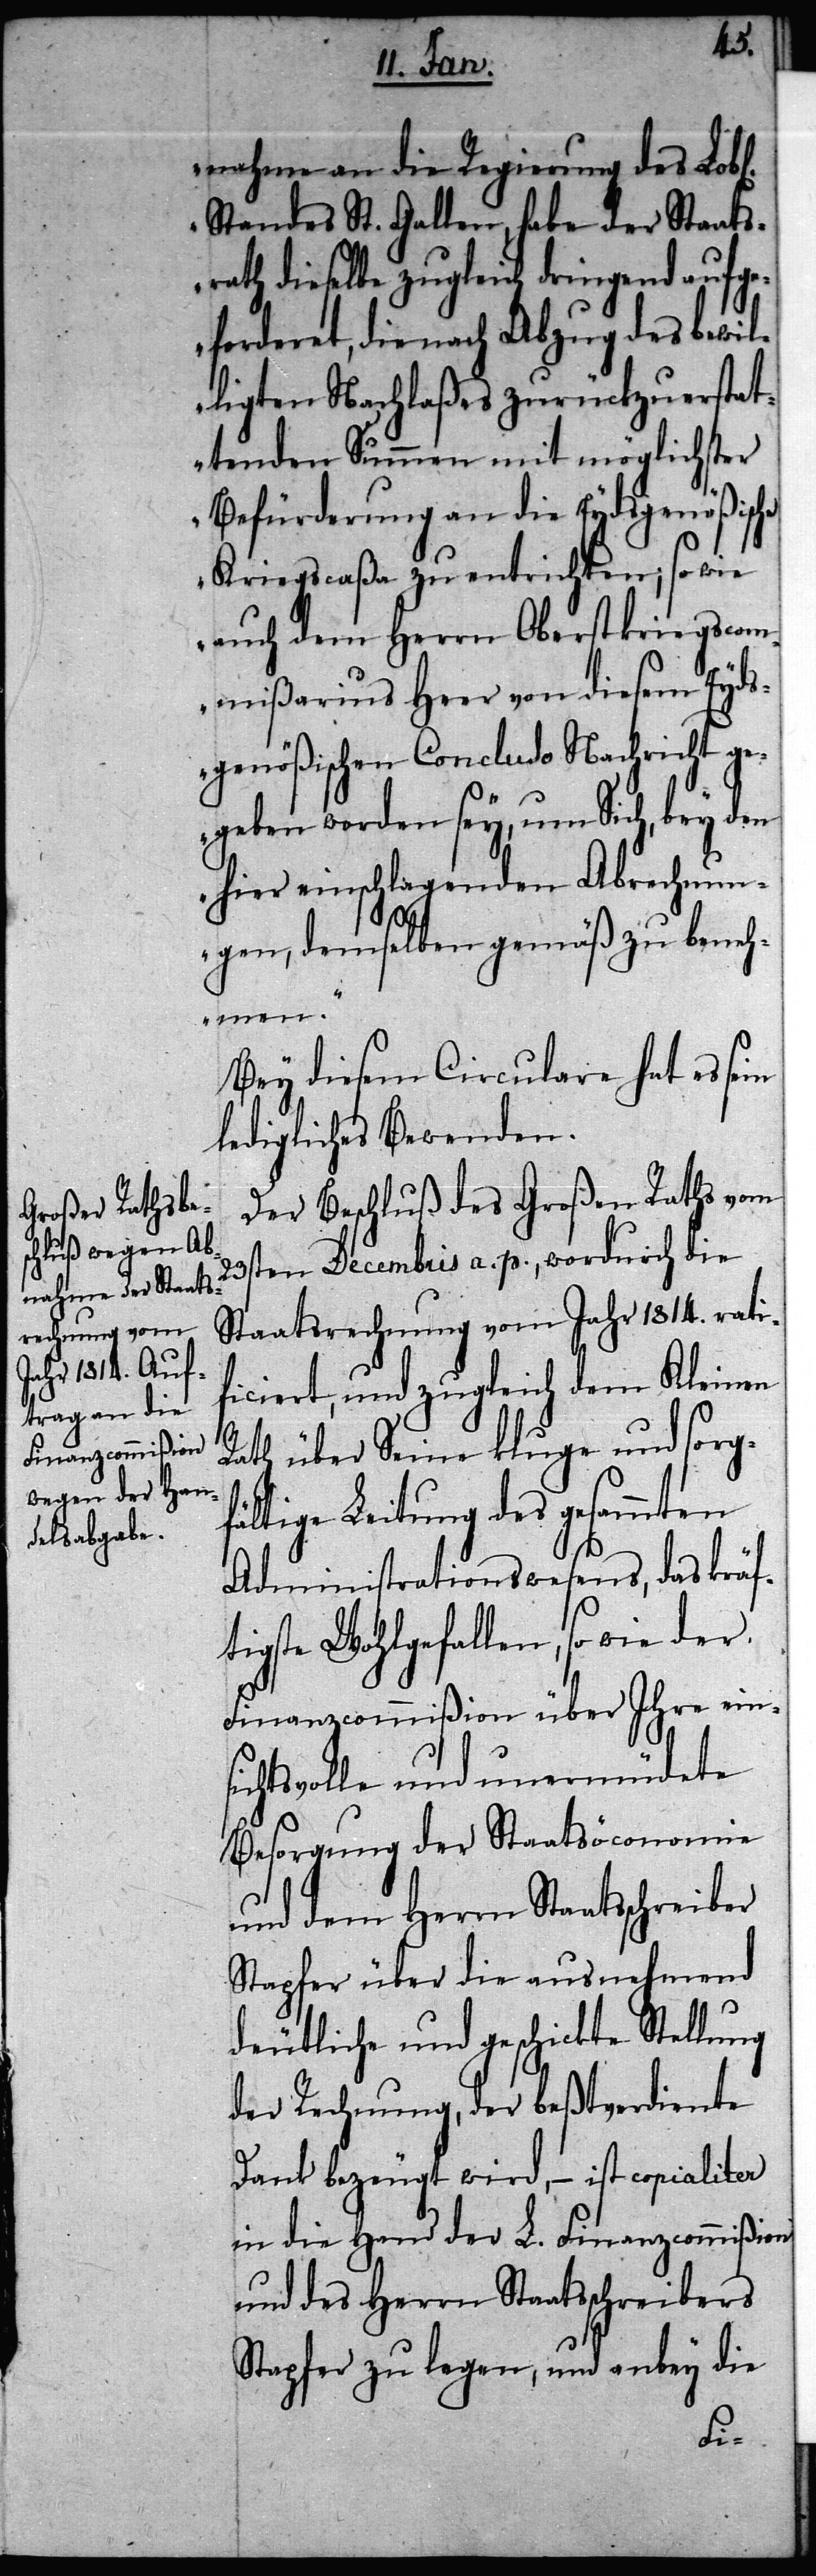
nahme an die Regierung des Lo¬
Standes St. Gallen, habe der Staats¬
rath dieselbe zugleich dringend aufg¬
eforderet, die nach Abzug des bewil¬
ligten Nachlaßes zurückzuerstat¬
tenden Summen mit möglichster
Befürderung an die Eydsgenößische
Kriegscaßa zu entrichten; so wie
auch dem Herrn Oberstkriegscom¬
mißarius Heer von diesem Eyds¬
genößischen Concludo Nachricht g¬
egeben worden sey, um Sich, bey den
hier einschlagenden Abrechnun¬
gen, demselben gemäß zu beneh¬
men.“
Bey diesem Circulare hat es sein
ledigliches Bewenden.
Der Beschluß des Großen Raths vom
Decembris a. p., wordurch die
Staatsrechnung vom Jahr 1814. rati¬
ficiert, und zugleich dem Kleinen
Rath über Seine kluge und sorg¬
fältige Leitung des gesammten
Administrationswesens, das kräf¬
tigste Wohlgefallen, so wie der
Finanzcommißion über Ihre ein¬
sichtsvolle und unermüdete
Besorgung der Staatsöconomie
und des Herrn Staatsschreibers
Stapfer über die ausnehmend
deutliche und geschickte Stellung
der Rechnung, der beßtverdiente
Dank bezeugt wird, – ist copialiter
in die Hand der L. Finanzcommißion
Stapfer zu legen, und anbey die
chen].